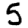
Digit: 5